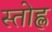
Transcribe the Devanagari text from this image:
स्तोह्ल